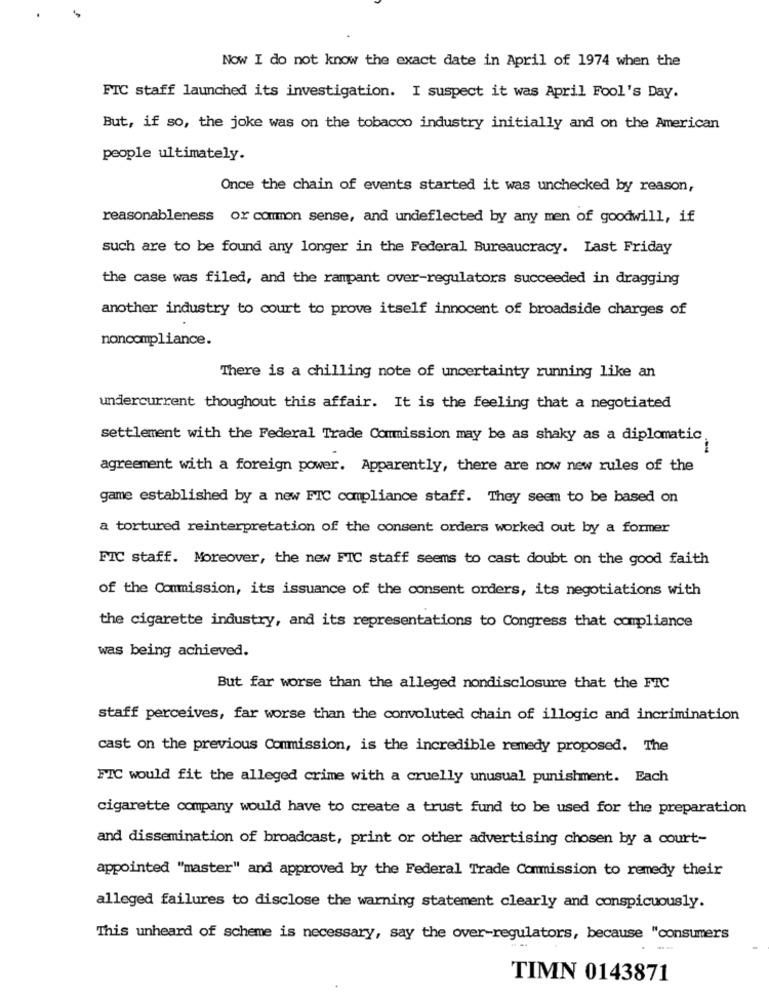
Now I do not know the exact date in April of 1974 when the
FIC staff launched its investigation. I suspect it was April Fool's Day.
But, if so, the joke was on the tobacco industry initially and on the American
people ultimately.
Once the chain of events started it was unchecked by reason,
reasonableness of common sense, and undeflected by any men of goodwill, if
such are to be found any longer in the Federal Bureaucracy. Last Friday
the case was filed, and the rampant over-regulators succeeded in dragging
another industry to court to prove itself innocent of broadside charges of
noncompliance.
There is a chilling note of uncertainty running like an
undercurrent thoughout this affair. It is the feeling that a negotiated
settlement with the Federal Trade Commission may be as shaky as a diplomatic,
agreement with a foreign power. Apparently, there are now new rules of the
game established by a new FIC compliance staff. They seem to be based on
a tortured reinterpretation of the consent orders worked out by a former
FIC staff. Moreover, the new FIC staff seems to cast doubt on the good faith
of the Commission, its issuance of the consent orders, its negotiations with
the cigarette industry, and its representations to Congress that compliance
was being achieved.
But far worse than the alleged nondisclosure that the FIC
staff perceives, far worse than the convoluted chain of illogic and incrimination
cast on the previous Commission, is the incredible remedy proposed. The
FIC would fit the alleged crime with a cruelly unusual punishment. Each
cigarette company would have to create a trust fund to be used for the preparation
and dissemination of broadcast, print or other advertising chosen by a court-
appointed "master" and approved by the Federal Trade Commission to remedy their
alleged failures to disclose the warning statement clearly and conspicuously.
This unheard of scheme is necessary, say the over-regulators, because "consumers
--
TIMN 0143871